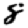
Digit: 8